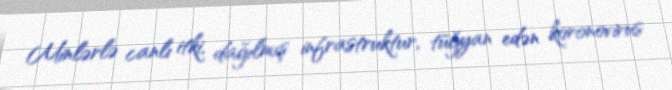
Minlərlə canlı itki, dağılmış infrastruktur, tüğyan edən koronovirus